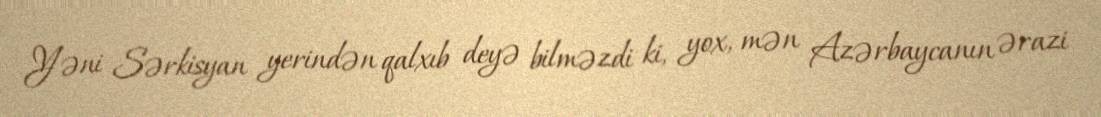
Yəni Sərkisyan yerindən qalxıb deyə bilməzdi ki, yox, mən Azərbaycanın ərazi